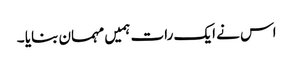
اس نے ایک رات ہمیں مہمان بنایا ۔